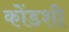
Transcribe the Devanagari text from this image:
कोंडशी